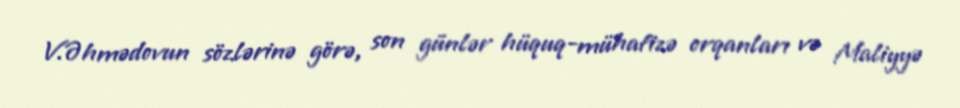
V.Əhmədovun sözlərinə görə, son günlər hüquq-mühafizə orqanları və Maliyyə